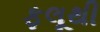
ફલૂથી